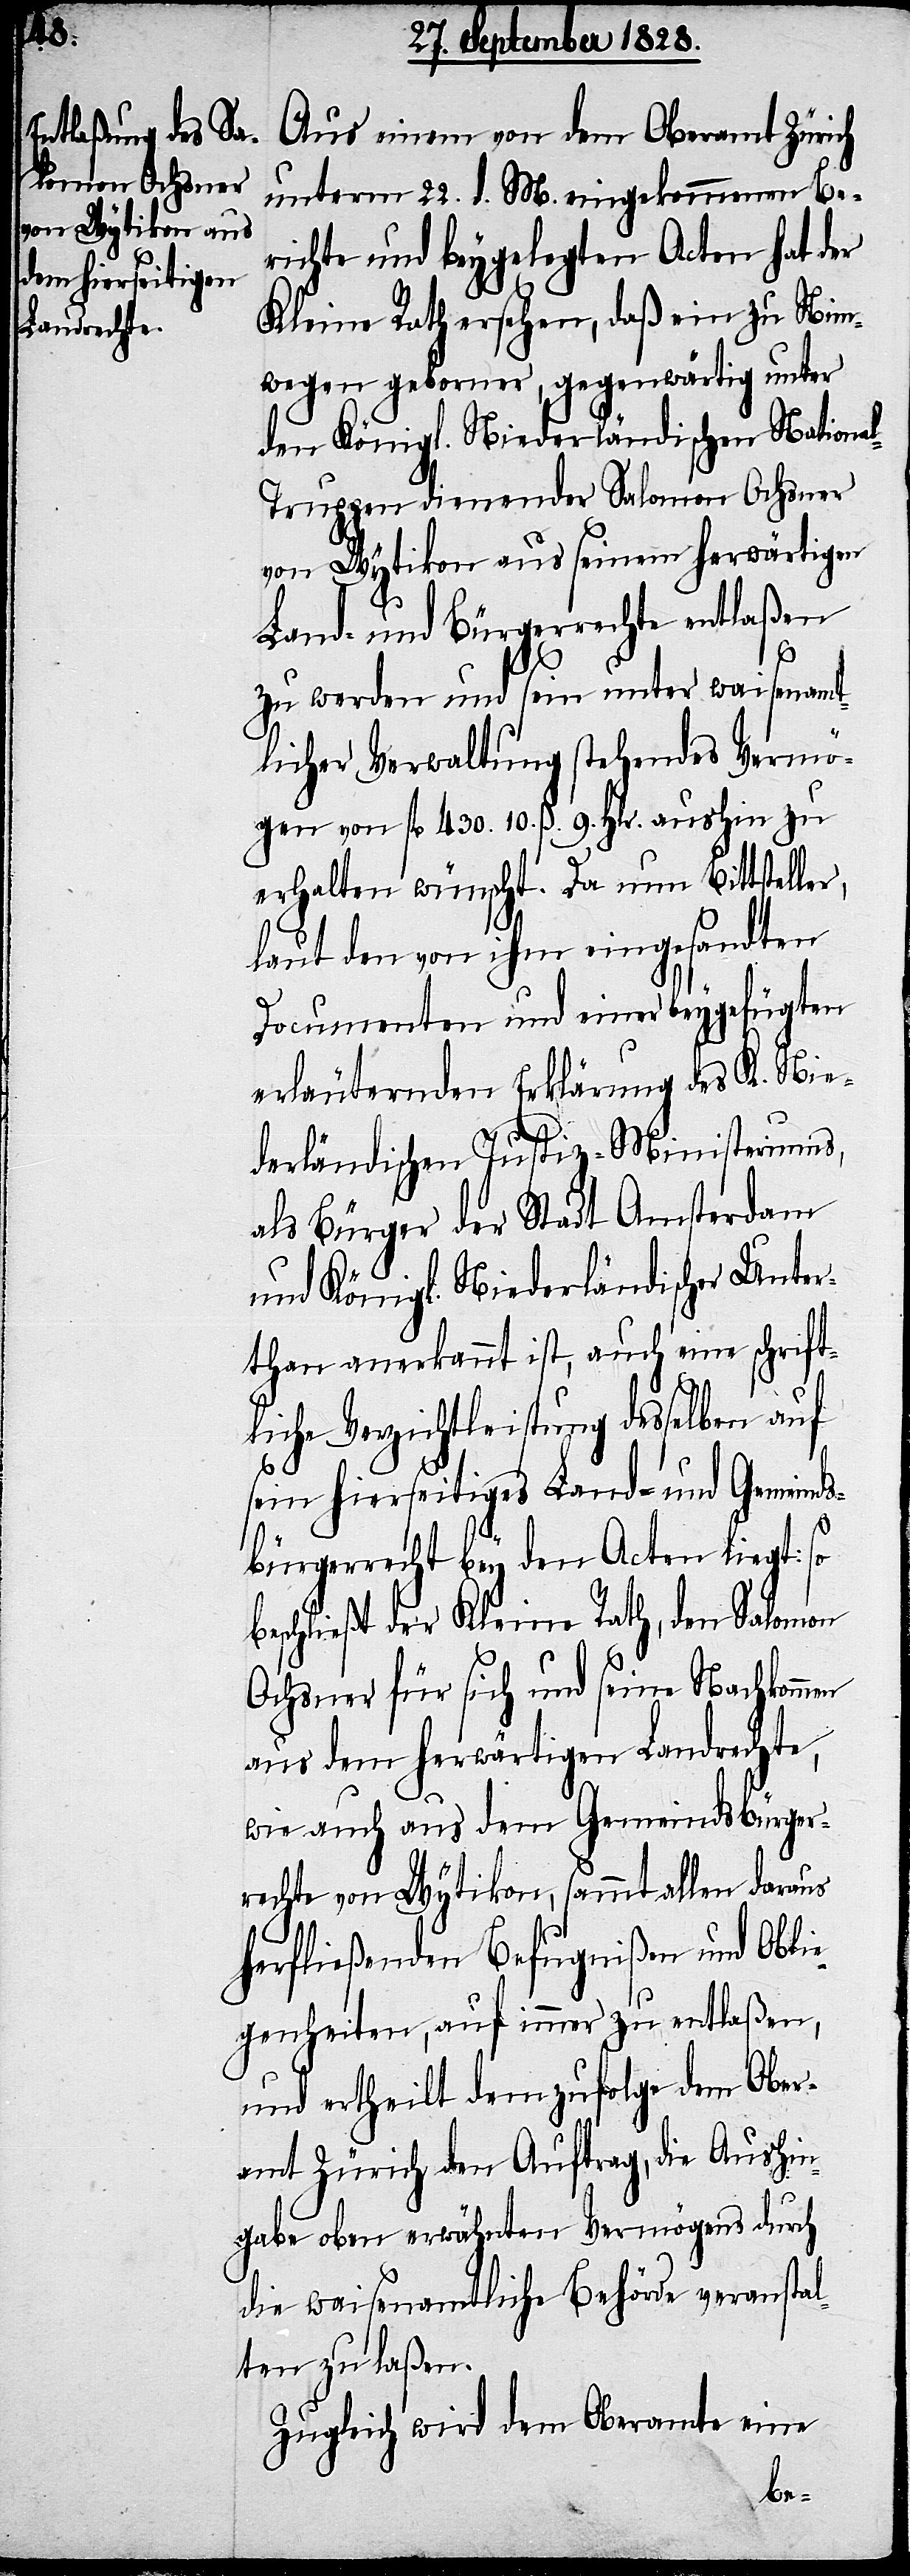
en
Aus einem von dem Oberamt Zürich
unterm 22. d. M. eingekommenen Be¬
richte und beygelegten Acten hat der
Kleine Rath ersehen, daß ein zu Nim¬
wegen geborner, gegenwärtig unter
den Königl. Niederländischen Nationa¬
l-Truppen dienender Salomon Ochsner
von Wytikon aus seinem herwärtigen
Land- und Bürgerrechte entlaßen
zu werden und sein unter waisenamt¬
licher Verwaltung stehendes Vermö¬
gen vorn fl. 430. 10. ß. 9. Hlr. aushin zu
erhalten wünscht. Da nun Bittsteller,
laut den von ihm eingesandten
Documenten und einer beygefügten
erläuternden Erklärung des K. Nie¬
derländischen Justiz-Ministeriums,
als Bürger der Stadt Amsterdam
und Königl. Niederländischer Unter¬
than anerkannt ist, auch eine schrift¬
liche Verzichtleistung desselben auf
sein hierseitiges Land- und Gemeinds¬
bürgerrecht bey den Acten liegt: so
beschließt der Kleine Rath, den Salomon
Ochsner für sich und seine Nachkomm¬
aus dem herwärtigen Landrechte,
wie auch aus dem Gemeindsbürger¬
rechte von Wytikon, sammt allen daraus
herfließenden Befugnißen und Obli¬
egenheiten, auf immer zu entlaßen,
und ertheilt demzufolge dem Ober¬
amt Zürich den Auftrag, die Aushin¬
gabe oben erwähnten Vermögens durch
die waisenamtliche Behörde veranstal¬
ten zu laßen.
Zugleich wird dem Oberamt eine